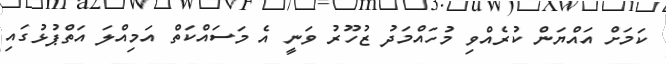
ކަމަށް އައްޔަން ކުރެއްވި މުހައްމަދު ޒުހޫރު ވަނީ އެ މަސައްކަތް އަމިއްލަ އަތްޕުޅުގައި